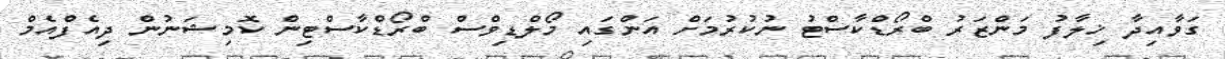
ގަވާއިދާ ޚިލާފު މަންޒަރު ބްރޯޑްކާސްޓު ނުކުރުމަށް އަންގައި މޯލްޑިވްސް ބްރޯޑްކާސްޓިން ކޮމިޝަނުން ދިއެފްއެމް